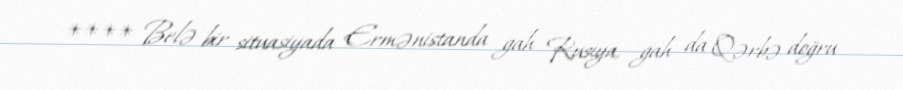
**** Belə bir situasiyada Ermənistanda gah Rusiya, gah da Qərbə doğru